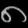
Digit: ၈